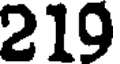
219